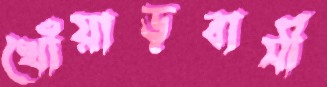
খোঁয়াড়বাসী